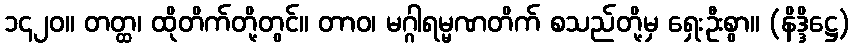
၁၄၂၀။ တတ္ထ၊ ထိုတိက်တို့တွင်။ တာဝ၊ မဂ္ဂါရမ္မဏတိက် စသည်တို့မှ ရှေးဦးစွာ။ (နိဒ္ဒိဋ္ဌေ)